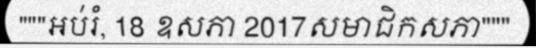
"""អប់រំ, 18 ឧសភា 2017សមាជិកសភា"""